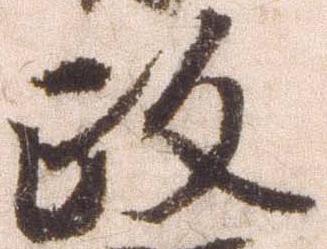
政